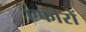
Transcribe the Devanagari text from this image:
एफोरों